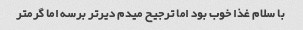
با سلام غذا خوب بود اما ترجیح میدم دیر‌تر برسه اما گرمتر